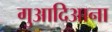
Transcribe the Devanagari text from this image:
गुआदिआना